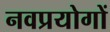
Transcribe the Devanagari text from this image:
नवप्रयोगों